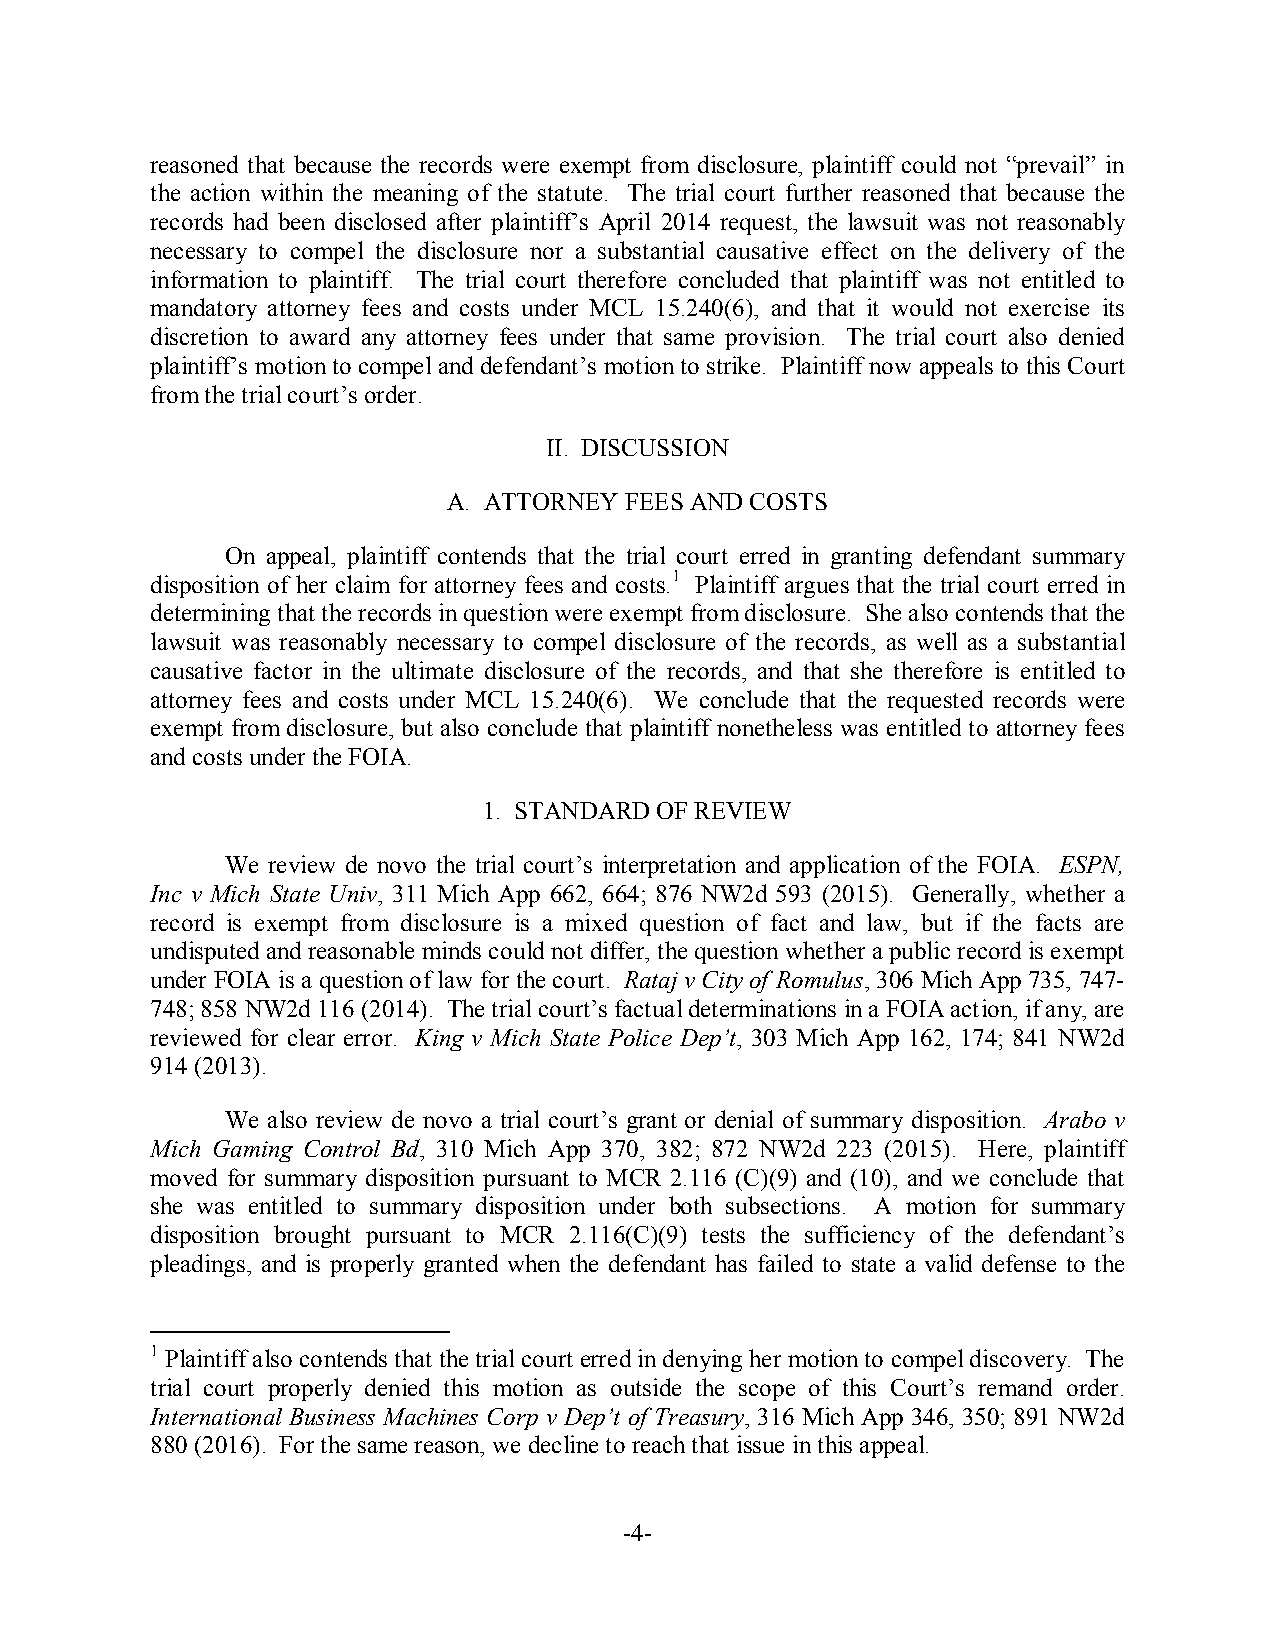
reasoned that because the records were exempt from disclosure, plaintiff could not “prevail” in
 the action within the meaning of the statute. The trial court further reasoned that because the
 records had been disclosed after plaintiff’s April 2014 request, the lawsuit was not reasonably
 necessary to compel the disclosure nor a substantial causative effect on the delivery of the
 information to plaintiff. The trial court therefore concluded that plaintiff was not entitled to
 mandatory attorney fees and costs under MCL 15.240(6), and that it would not exercise its
 discretion to award any attorney fees under that same provision. The trial court also denied
 plaintiff’s motion to compel and defendant’s motion to strike. Plaintiff now appeals to this Court
 from the trial court’s order.
 II. DISCUSSION
 A. ATTORNEY FEES AND COSTS
 On appeal, plaintiff contends that the trial court erred in granting defendant summary
 disposition of her claim for attorney fees and costs.1 Plaintiff argues that the trial court erred in
 determining that the records in question were exempt from disclosure. She also contends that the
 lawsuit was reasonably necessary to compel disclosure of the records, as well as a substantial
 causative factor in the ultimate disclosure of the records, and that she therefore is entitled to
 attorney fees and costs under MCL 15.240(6). We conclude that the requested records were
 exempt from disclosure, but also conclude that plaintiff nonetheless was entitled to attorney fees
 and costs under the FOIA.
 1. STANDARD OF REVIEW
 We review de novo the trial court’s interpretation and application of the FOIA. ESPN,
 Inc v Mich State Univ, 311 Mich App 662, 664; 876 NW2d 593 (2015). Generally, whether a
 record is exempt from disclosure is a mixed question of fact and law, but if the facts are
 undisputed and reasonable minds could not differ, the question whether a public record is exempt
 under FOIA is a question of law for the court. Rataj v City of Romulus, 306 Mich App 735, 747-
 748; 858 NW2d 116 (2014). The trial court’s factual determinations in a FOIA action, if any, are
 reviewed for clear error. King v Mich State Police Dep’t, 303 Mich App 162, 174; 841 NW2d
 914 (2013).
 We also review de novo a trial court’s grant or denial of summary disposition. Arabo v
 Mich Gaming Control Bd, 310 Mich App 370, 382; 872 NW2d 223 (2015). Here, plaintiff
 moved for summary disposition pursuant to MCR 2.116 (C)(9) and (10), and we conclude that
 she was entitled to summary disposition under both subsections. A motion for summary
 disposition brought pursuant to MCR 2.116(C)(9) tests the sufficiency of the defendant’s
 pleadings, and is properly granted when the defendant has failed to state a valid defense to the
 1 Plaintiff also contends that the trial court erred in denying her motion to compel discovery. The
 trial court properly denied this motion as outside the scope of this Court’s remand order.
 International Business Machines Corp v Dep’t of Treasury, 316 Mich App 346, 350; 891 NW2d
 880 (2016). For the same reason, we decline to reach that issue in this appeal.
 -4-